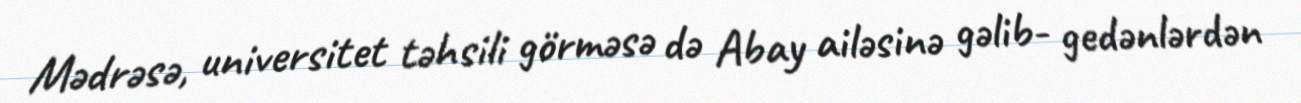
Mədrəsə, universitet təhsili görməsə də Abay ailəsinə gəlib- gedənlərdən